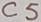
Text: C5